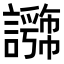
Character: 𧭕